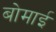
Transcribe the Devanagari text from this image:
बोमाई